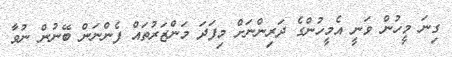
ގިނަ މީހުން ވަނީ އެމީހުންގެ ދަރިންނަށް މިފަދަ މަންޒަރުތައް ފެންނަން ބޭނުން ނުވާ